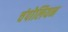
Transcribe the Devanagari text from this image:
चंपोलियन